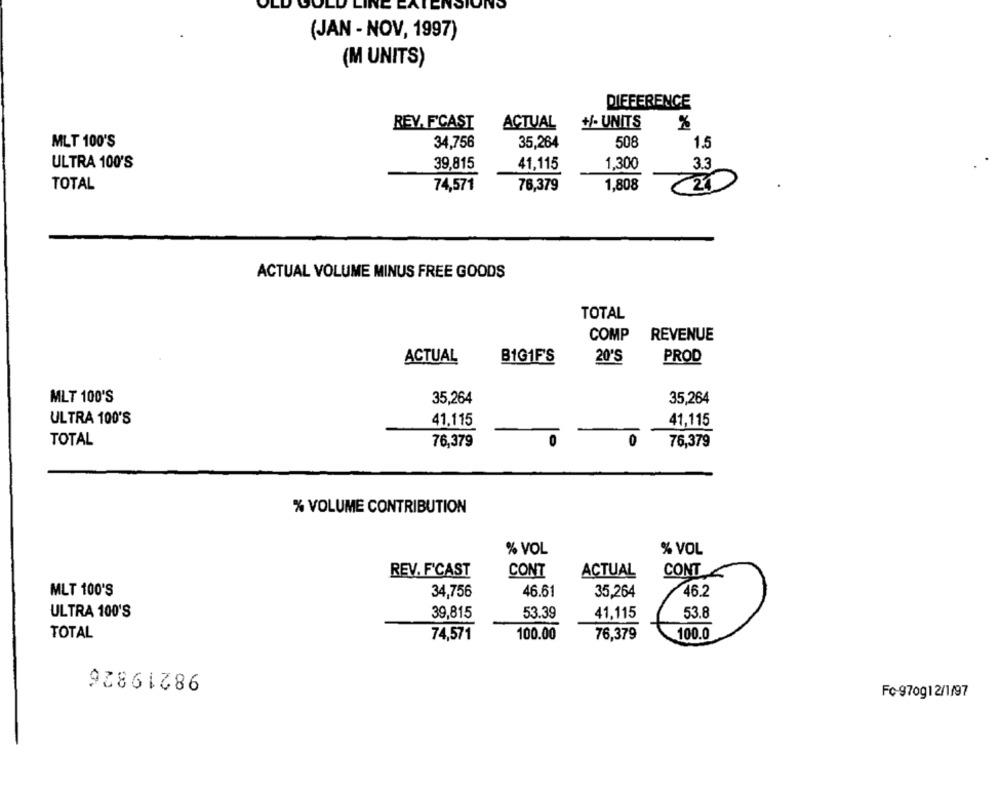
ENSI
(JAN - NOV, 1997)
(M UNITS)
DIFFERENCE
REV. F'CASI
ACTUAL
+/- UNITS
%
MLT 100'S
34,756
35,264
508
1.5
ULTRA 100'S
39,815
41,115
1,300
3.3
TOTAL
74,571
76,379
1,808
20
ACTUAL VOLUME MINUS FREE GOODS
TOTAL
COMP
REVENUE
ACTUAL
BIG1F'S
20'S
PROD
MLT 100'S
35,264
35,264
ULTRA 100'S
41,115
41,115
TOTAL
76,379
0
0
76,379
% VOLUME CONTRIBUTION
% VOL
% VOL
REV. F'CAST
CONT
ACTUAL
CONT
MLT 100'S
34,756
46.61
35.264
46.2
ULTRA 100'S
39,815
53.39
41,115
53.8
TOTAL
74,571
100.00
76,379
100.0
98219826
Fc-970g12/1/97